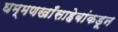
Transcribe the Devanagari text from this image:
घम्मणखाँसाहेबांकडून